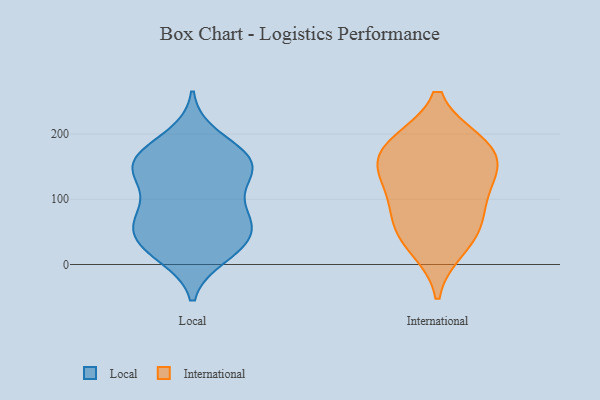
{"axis": {"x": "Active Users", "y": "Value"}, "legend": ["International", "Local"], "data": [{"x": "", "y": 58, "type": "Local"}, {"x": "", "y": 38, "type": "Local"}, {"x": "", "y": 68, "type": "Local"}, {"x": "", "y": 84, "type": "Local"}, {"x": "", "y": 140, "type": "Local"}, {"x": "", "y": 137, "type": "Local"}, {"x": "", "y": 167, "type": "Local"}, {"x": "", "y": 14, "type": "Local"}, {"x": "", "y": 148, "type": "Local"}, {"x": "", "y": 129, "type": "Local"}, {"x": "", "y": 155, "type": "Local"}, {"x": "", "y": 164, "type": "Local"}, {"x": "", "y": 18, "type": "Local"}, {"x": "", "y": 168, "type": "Local"}, {"x": "", "y": 81, "type": "Local"}, {"x": "", "y": 196, "type": "Local"}, {"x": "", "y": 39, "type": "Local"}, {"x": "", "y": 72, "type": "Local"}, {"x": "", "y": 32, "type": "Local"}, {"x": "", "y": 135, "type": "International"}, {"x": "", "y": 67, "type": "International"}, {"x": "", "y": 48, "type": "International"}, {"x": "", "y": 151, "type": "International"}, {"x": "", "y": 184, "type": "International"}, {"x": "", "y": 88, "type": "International"}, {"x": "", "y": 179, "type": "International"}, {"x": "", "y": 128, "type": "International"}, {"x": "", "y": 26, "type": "International"}, {"x": "", "y": 186, "type": "International"}]}